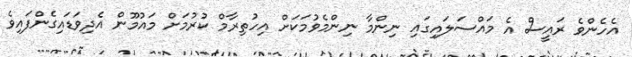
އެހެންވެ ރައީސް އެ މައްސަލައިގައި ނިންމާ ނިންމެވުމަކަށް އިހުތިރާމް ކުރުމަށް މައުމޫން އެދިވަޑައިގެންފައިވެ